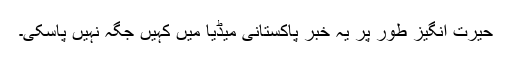
حیرت انگیز طور پر یہ خبر پاکستانی میڈیا میں کہیں جگہ نہیں پاسکی۔